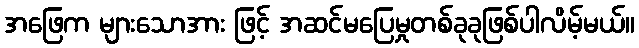
အဖြေက များသောအား ဖြင့် အဆင်မပြေမှုတစ်ခုခုဖြစ်ပါလိမ့်မယ်။